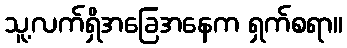
သူ့လက်ရှိအခြေအနေက ရှက်စရာ။